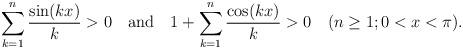
LaTeX: \begin{align*}\sum_{k=1}^n \frac{\sin(kx)}{k}>0\quad\mbox{and}\quad{1+\sum_{k=1}^n \frac{\cos(kx)}{k}>0}\quad{(n\geq 1; 0<x<\pi)}.\end{align*}